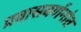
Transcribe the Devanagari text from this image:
प्रवासवर्णनांत